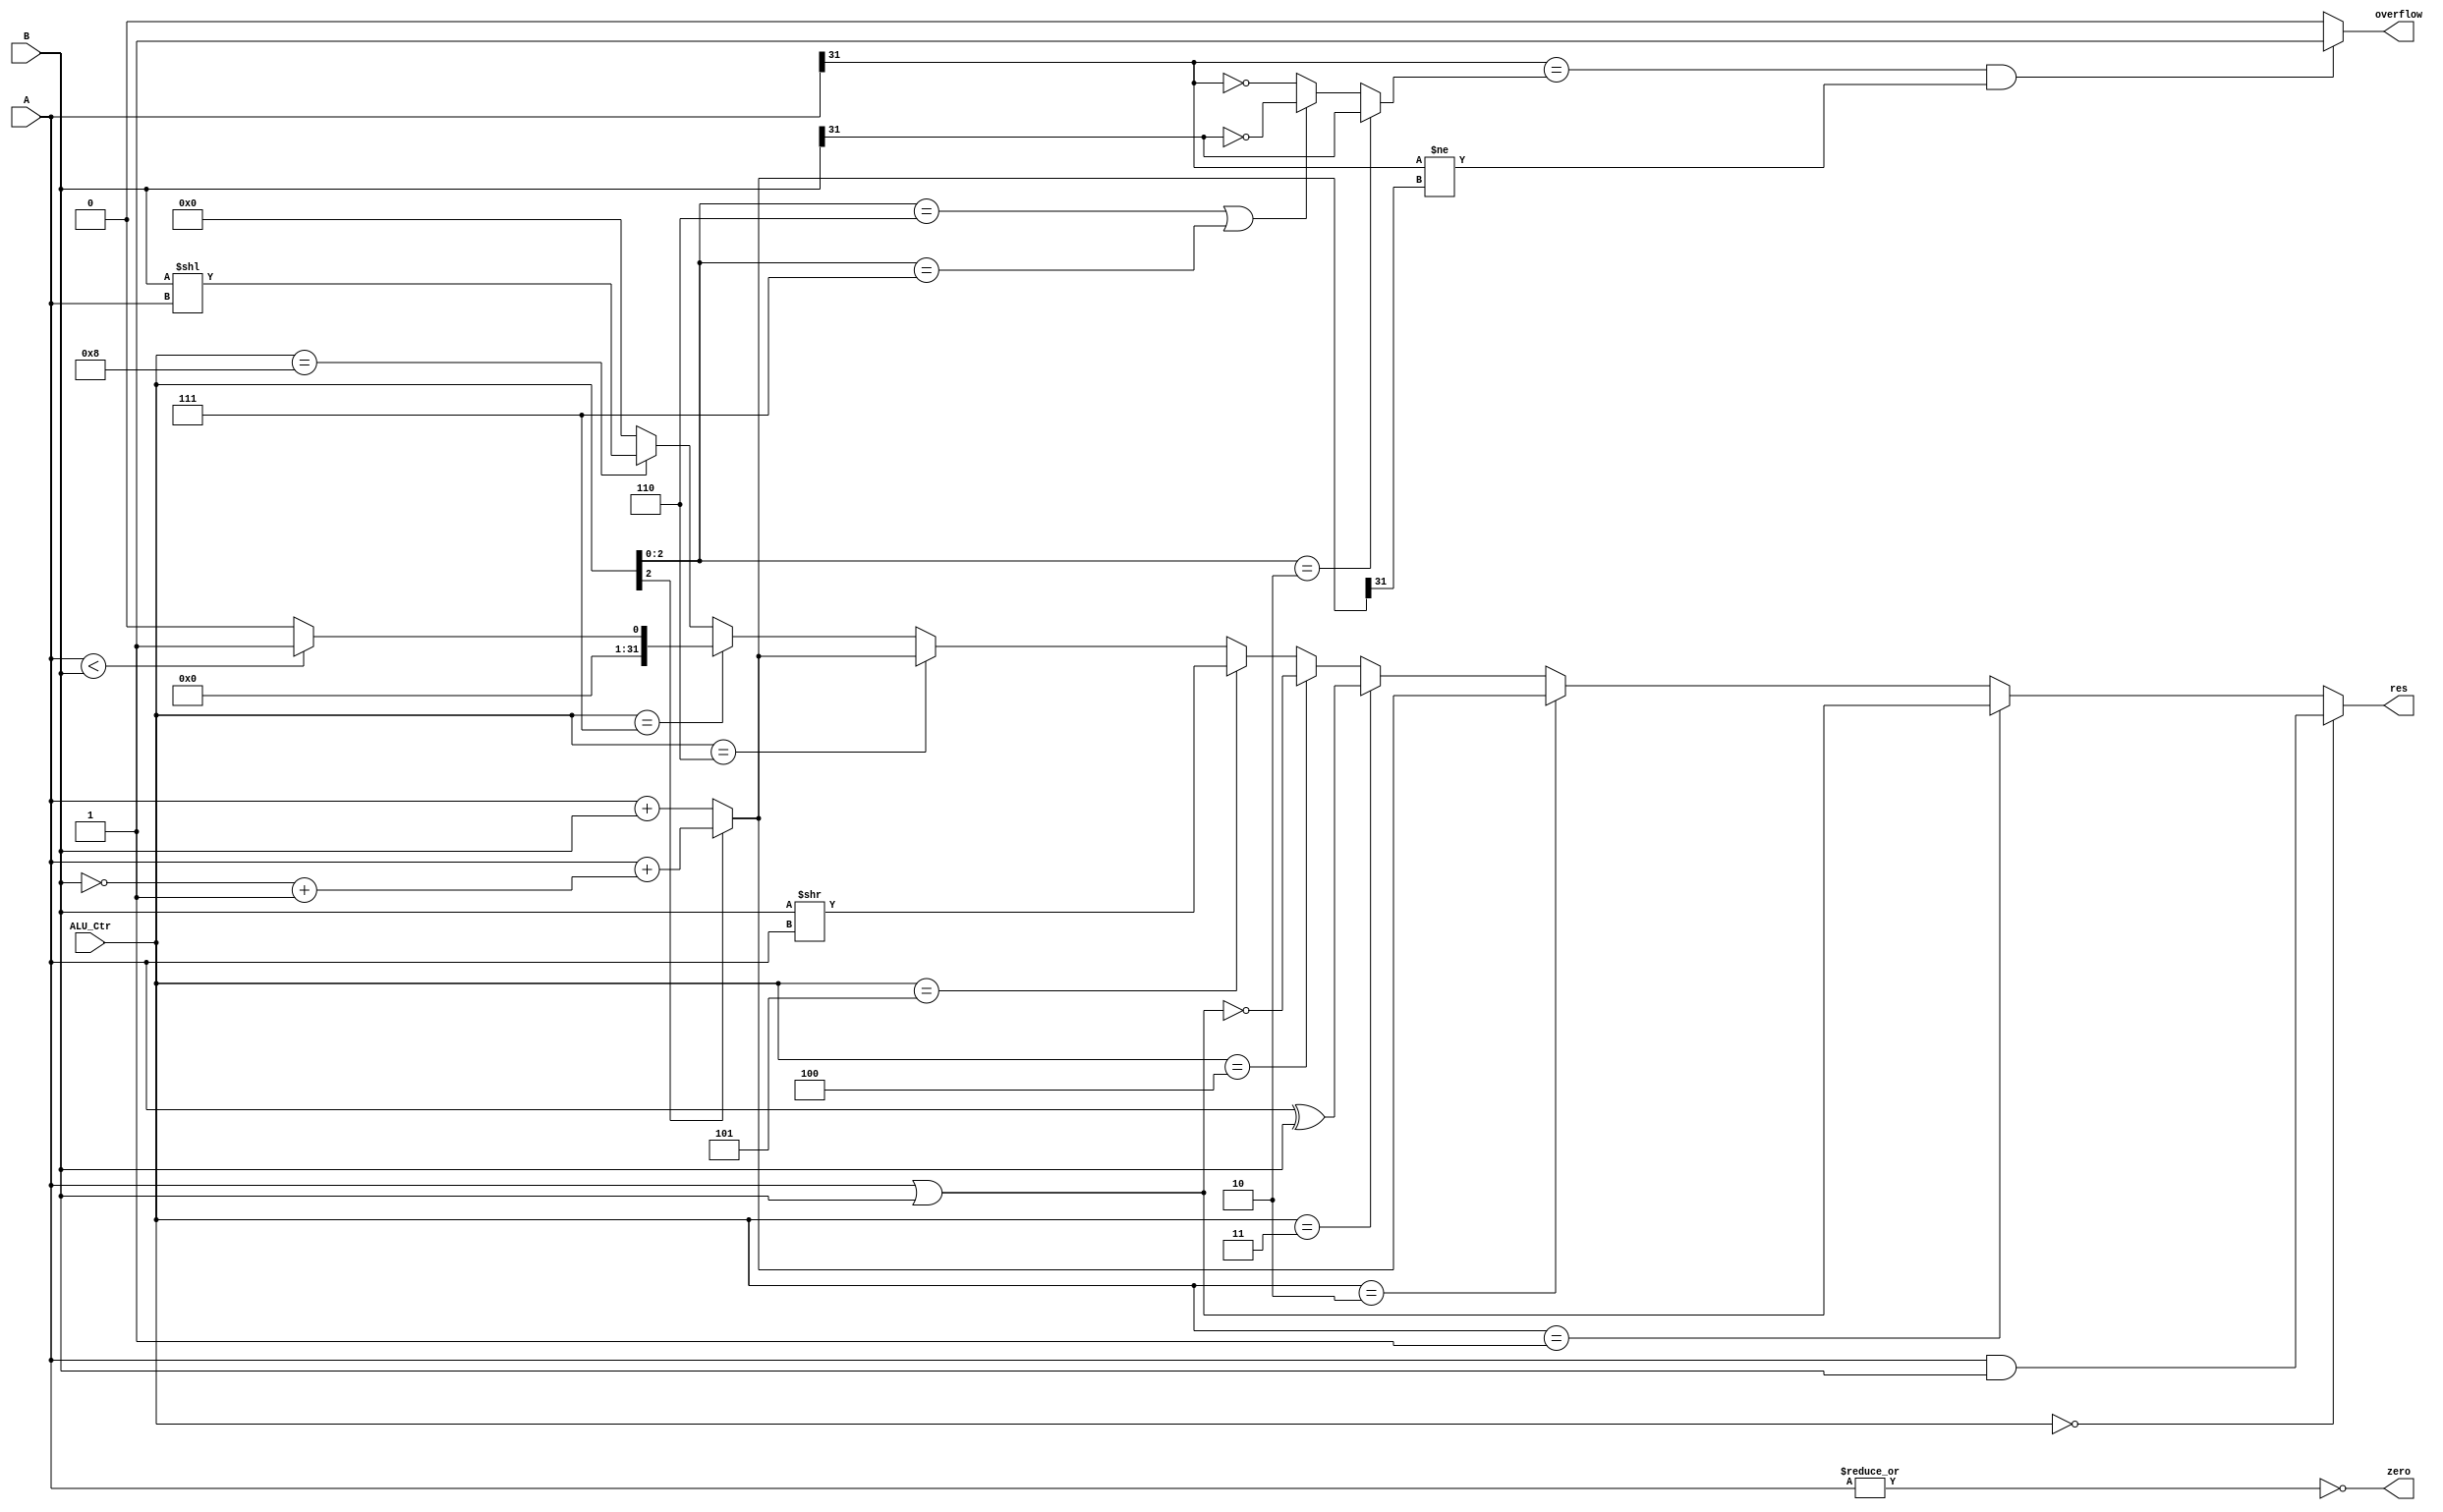
`timescale 1ns / 1ps

module alu(input [31:0]A, 
           input [31:0]B, 
           input [3:0]ALU_Ctr, 

           output overflow, 
           output [31:0]res, 
           output zero
          );
   
    wire [31:0] ABC32_out;
    wire [31:0] and32_out;
    wire [31:0] or32_out;
    wire [31:0] xor32_out;
    wire [31:0] nor32_out;
    wire [31:0] srl32_out;
    wire [31:0] sll32_out;
    wire [31:0] slt32_out;
    wire bbt;
   
	assign and32_out =   A[31:0] & B[31:0];
	assign or32_out  =   A[31:0] | B[31:0];
	assign xor32_out =   A[31:0] ^ B[31:0];
	assign nor32_out = ~(A[31:0] | B[31:0]);
	assign srl32_out = 	B[31:0] >> A[31:0];
	assign sll32_out = 	B[31:0] << A[31:0];
	assign slt32_out =  (A[31:0] < B[31:0])  ? 32'b1 : 32'b0;
	assign ABC32_out =  (ALU_Ctr[2] == 1'b1) ? (A[31:0] + (~B[31:0] + 32'b1)) : (A[31:0] + B[31:0]);
	assign zero      = ~(|A[31:0]);
	
	assign bbt       =  (ALU_Ctr[2:0] == 3'b010)? B[31]:((ALU_Ctr[2:0] == 3'b110 || ALU_Ctr[2:0] == 3'b111)? ~B[31] : ~A[31]);
	assign overflow  =  (A[31] == bbt && A[31] != ABC32_out[31])? 1 :0;

	assign res = (ALU_Ctr == 4'b0000) ? and32_out :
                 (ALU_Ctr == 4'b0001) ? or32_out  :
                 (ALU_Ctr == 4'b0010) ? ABC32_out :
                 (ALU_Ctr == 4'b0011) ? xor32_out :
                 (ALU_Ctr == 4'b0100) ? nor32_out :
                 (ALU_Ctr == 4'b0101) ? srl32_out :
                 (ALU_Ctr == 4'b0110) ? ABC32_out :
                 (ALU_Ctr == 4'b0111) ? slt32_out :
                 (ALU_Ctr == 4'b1000) ? sll32_out : 32'b0 ;
					
endmodule